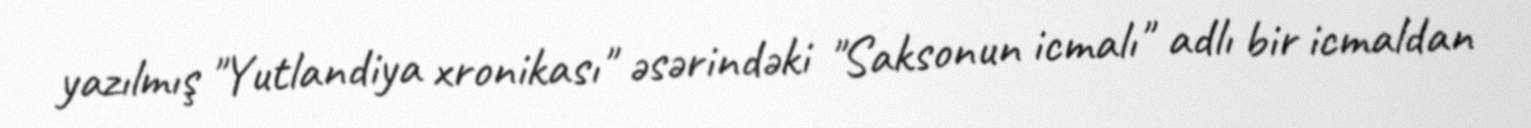
yazılmış "Yutlandiya xronikası" əsərindəki "Saksonun icmalı" adlı bir icmaldan